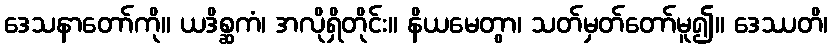
ဒေသနာတော်ကို။ ယဒိစ္ဆကံ၊ အလိုရှိတိုင်း။ နိယမေတွာ၊ သတ်မှတ်တော်မူ၍။ ဒေဿတိ၊